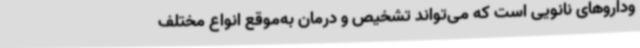
وداروهای نانویی است که می‌تواند تشخیص و درمان به‌موقع انواع مختلف